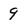
Character: 9